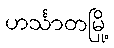
ဟင်္သာတမြို့